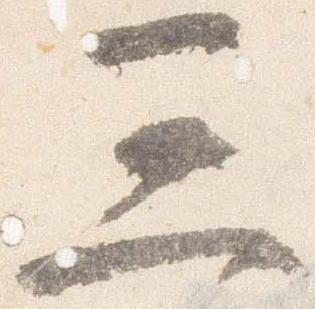
三